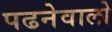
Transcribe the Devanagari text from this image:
पढनेवालो